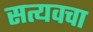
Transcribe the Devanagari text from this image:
सत्यवचा